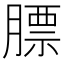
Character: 膘